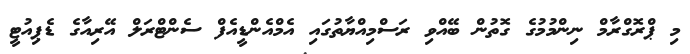
މި ޕްރޮގްރާމް ނިންމުމުގެ ގޮތުން ބޭއްވި ރަސްމިއްޔާތުގައި އެމްއެންޑީއެފް ސެންޓްރަލް އޭރިއާގެ ޑެޕިއުޓީ